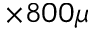
\times 8 0 0 \mu